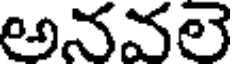
అనవలె